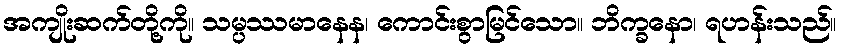
အကျိုးဆက်တို့ကို။ သမ္ပဿမာနေန၊ ကောင်းစွာမြင်သော။ ဘိက္ခနော၊ ရဟန်းသည်။